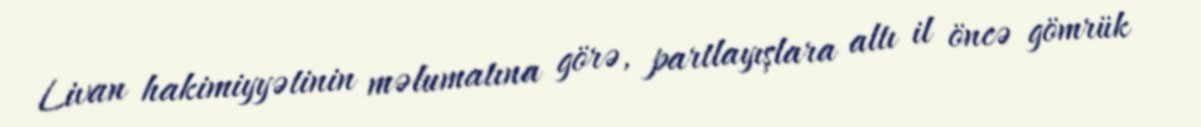
Livan hakimiyyətinin məlumatına görə, partlayışlara altı il öncə gömrük